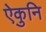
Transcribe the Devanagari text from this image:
ऐकुनि